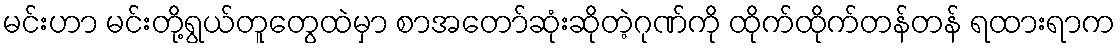
မင်းဟာ မင်းတို့ရွယ်တူတွေထဲမှာ စာအတော်ဆုံးဆိုတဲ့ဂုဏ်ကို ထိုက်ထိုက်တန်တန် ရထားရာက